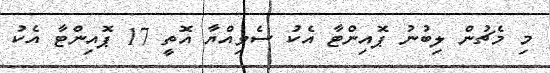
މި މެޗުން ލިބުނު ޕޮއިންޓާ އެކު ސެވިއްޔާ އޮތީ 17 ޕޮއިންޓާ އެކު